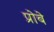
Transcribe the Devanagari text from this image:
प्रोबे